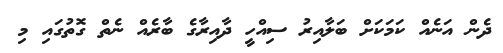
ދެން އަނެއް ކަމަކަށް ބަލާއިރު ސިއްހީ ދާއިރާގެ ބާރެއް ނެތް ގޮތުގައި މި